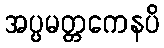
အပ္ပမတ္တကေနပိ